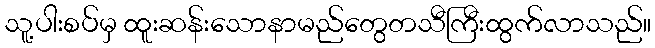
သူ့ပါးစပ်မှ ထူးဆန်းသောနာမည်တွေတသီကြီးထွက်လာသည်။